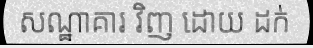
សណ្ឋាគារ វិញ ដោយ ដក់